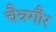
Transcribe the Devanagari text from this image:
चैत्रगौर